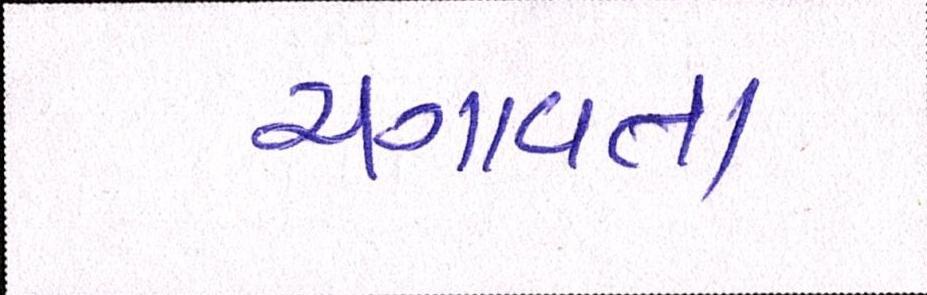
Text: ચગાવતા